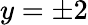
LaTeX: y=\pm 2